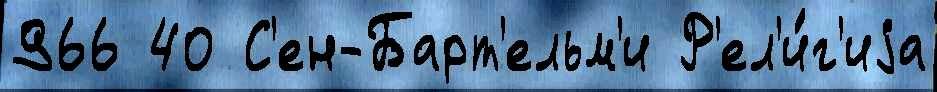
966 40 С'ен-Барт'ельм'и Р'ел'и́г'иjа